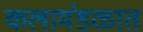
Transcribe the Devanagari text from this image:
कलामंडळात